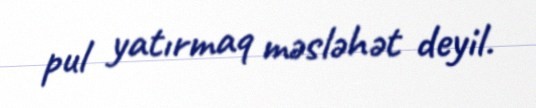
pul yatırmaq məsləhət deyil.